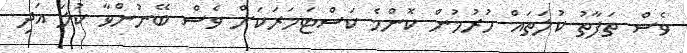
ވެސް ތަފާތު ކުލަތައް ހުރުމުން ކޮންމެ ކަސްޓަމަރަކަށް ވެސް ބޭނުންވާ ކުލަ އަދި